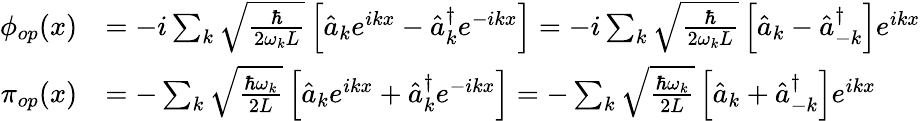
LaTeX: \begin{array}{rl}{\phi_{op}(x)}&{=-i\sum_{k}\sqrt{\frac{\hbar}{2\omega_{k}L}}\left[\hat{a}_{k}e^{ikx}-\hat{a}_{k}^{\dagger}e^{-ikx}\right]=-i\sum_{k}\sqrt{\frac{\hbar}{2\omega_{k}L}}\left[\hat{a}_{k}-\hat{a}_{-k}^{\dagger}\right]e^{ikx}}\\ {\pi_{op}(x)}&{=-\sum_{k}\sqrt{\frac{\hbar\omega_{k}}{2L}}\left[\hat{a}_{k}e^{ikx}+\hat{a}_{k}^{\dagger}e^{-ikx}\right]=-\sum_{k}\sqrt{\frac{\hbar\omega_{k}}{2L}}\left[\hat{a}_{k}+\hat{a}_{-k}^{\dagger}\right]e^{ikx}}\end{array}